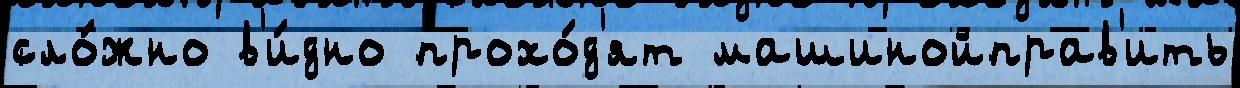
сло́жно в'и́дно прохо́д'ят машинойправ'ить